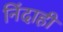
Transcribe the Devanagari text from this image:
निंदाही